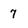
Character: 7